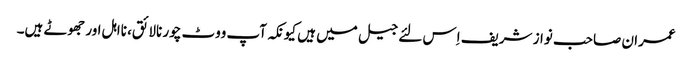
عمران صاحب نواز شریف اِس لئے جیل میں ہیں کیونکہ آپ ووٹ چور نالائق، نااہل اور جھوٹے ہیں۔